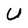
Character: U